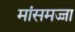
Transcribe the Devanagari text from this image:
मांसमज्जा